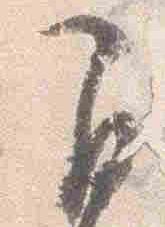
間